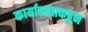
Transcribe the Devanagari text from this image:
कार्यालयाकडून